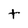
Character: t